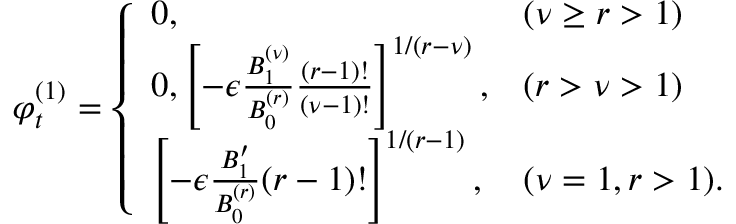
\varphi _ { t } ^ { ( 1 ) } = \left\{ \begin{array} { l l } { 0 , } & { ( \nu \geq r > 1 ) } \\ { 0 , \left[ - \epsilon \frac { B _ { 1 } ^ { ( \nu ) } } { B _ { 0 } ^ { ( r ) } } \frac { ( r - 1 ) ! } { ( \nu - 1 ) ! } \right] ^ { 1 / ( r - \nu ) } , } & { ( r > \nu > 1 ) } \\ { \left[ - \epsilon \frac { B _ { 1 } ^ { \prime } } { B _ { 0 } ^ { ( r ) } } ( r - 1 ) ! \right] ^ { 1 / ( r - 1 ) } , } & { ( \nu = 1 , r > 1 ) . } \end{array} \right.